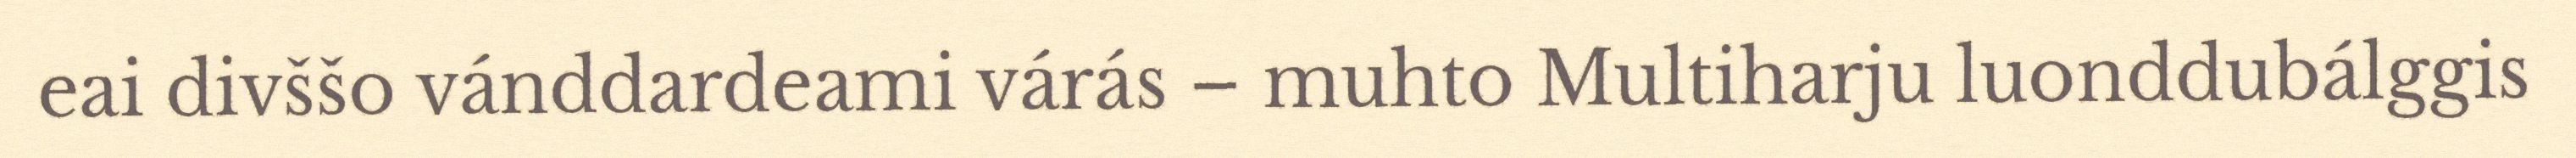
eai divššo vánddardeami várás – muhto Multiharju luonddubálggis